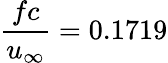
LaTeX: \frac{fc}{u_{\infty}}=0.1719